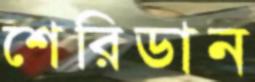
শেরিডান